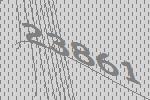
23861